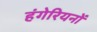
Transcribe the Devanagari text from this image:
हंगेरियनों